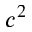
c ^ { 2 }